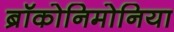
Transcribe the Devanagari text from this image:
ब्रॉकोनिमोनिया